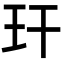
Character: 玕